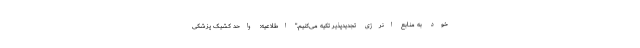
خود به منابع انرژی تجدیدپذیر تکیه می‌کنیم.” اطلاعیه: واحد کشیک پزشکی